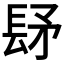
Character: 𨱨